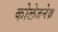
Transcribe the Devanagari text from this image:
कोलेजनेज़